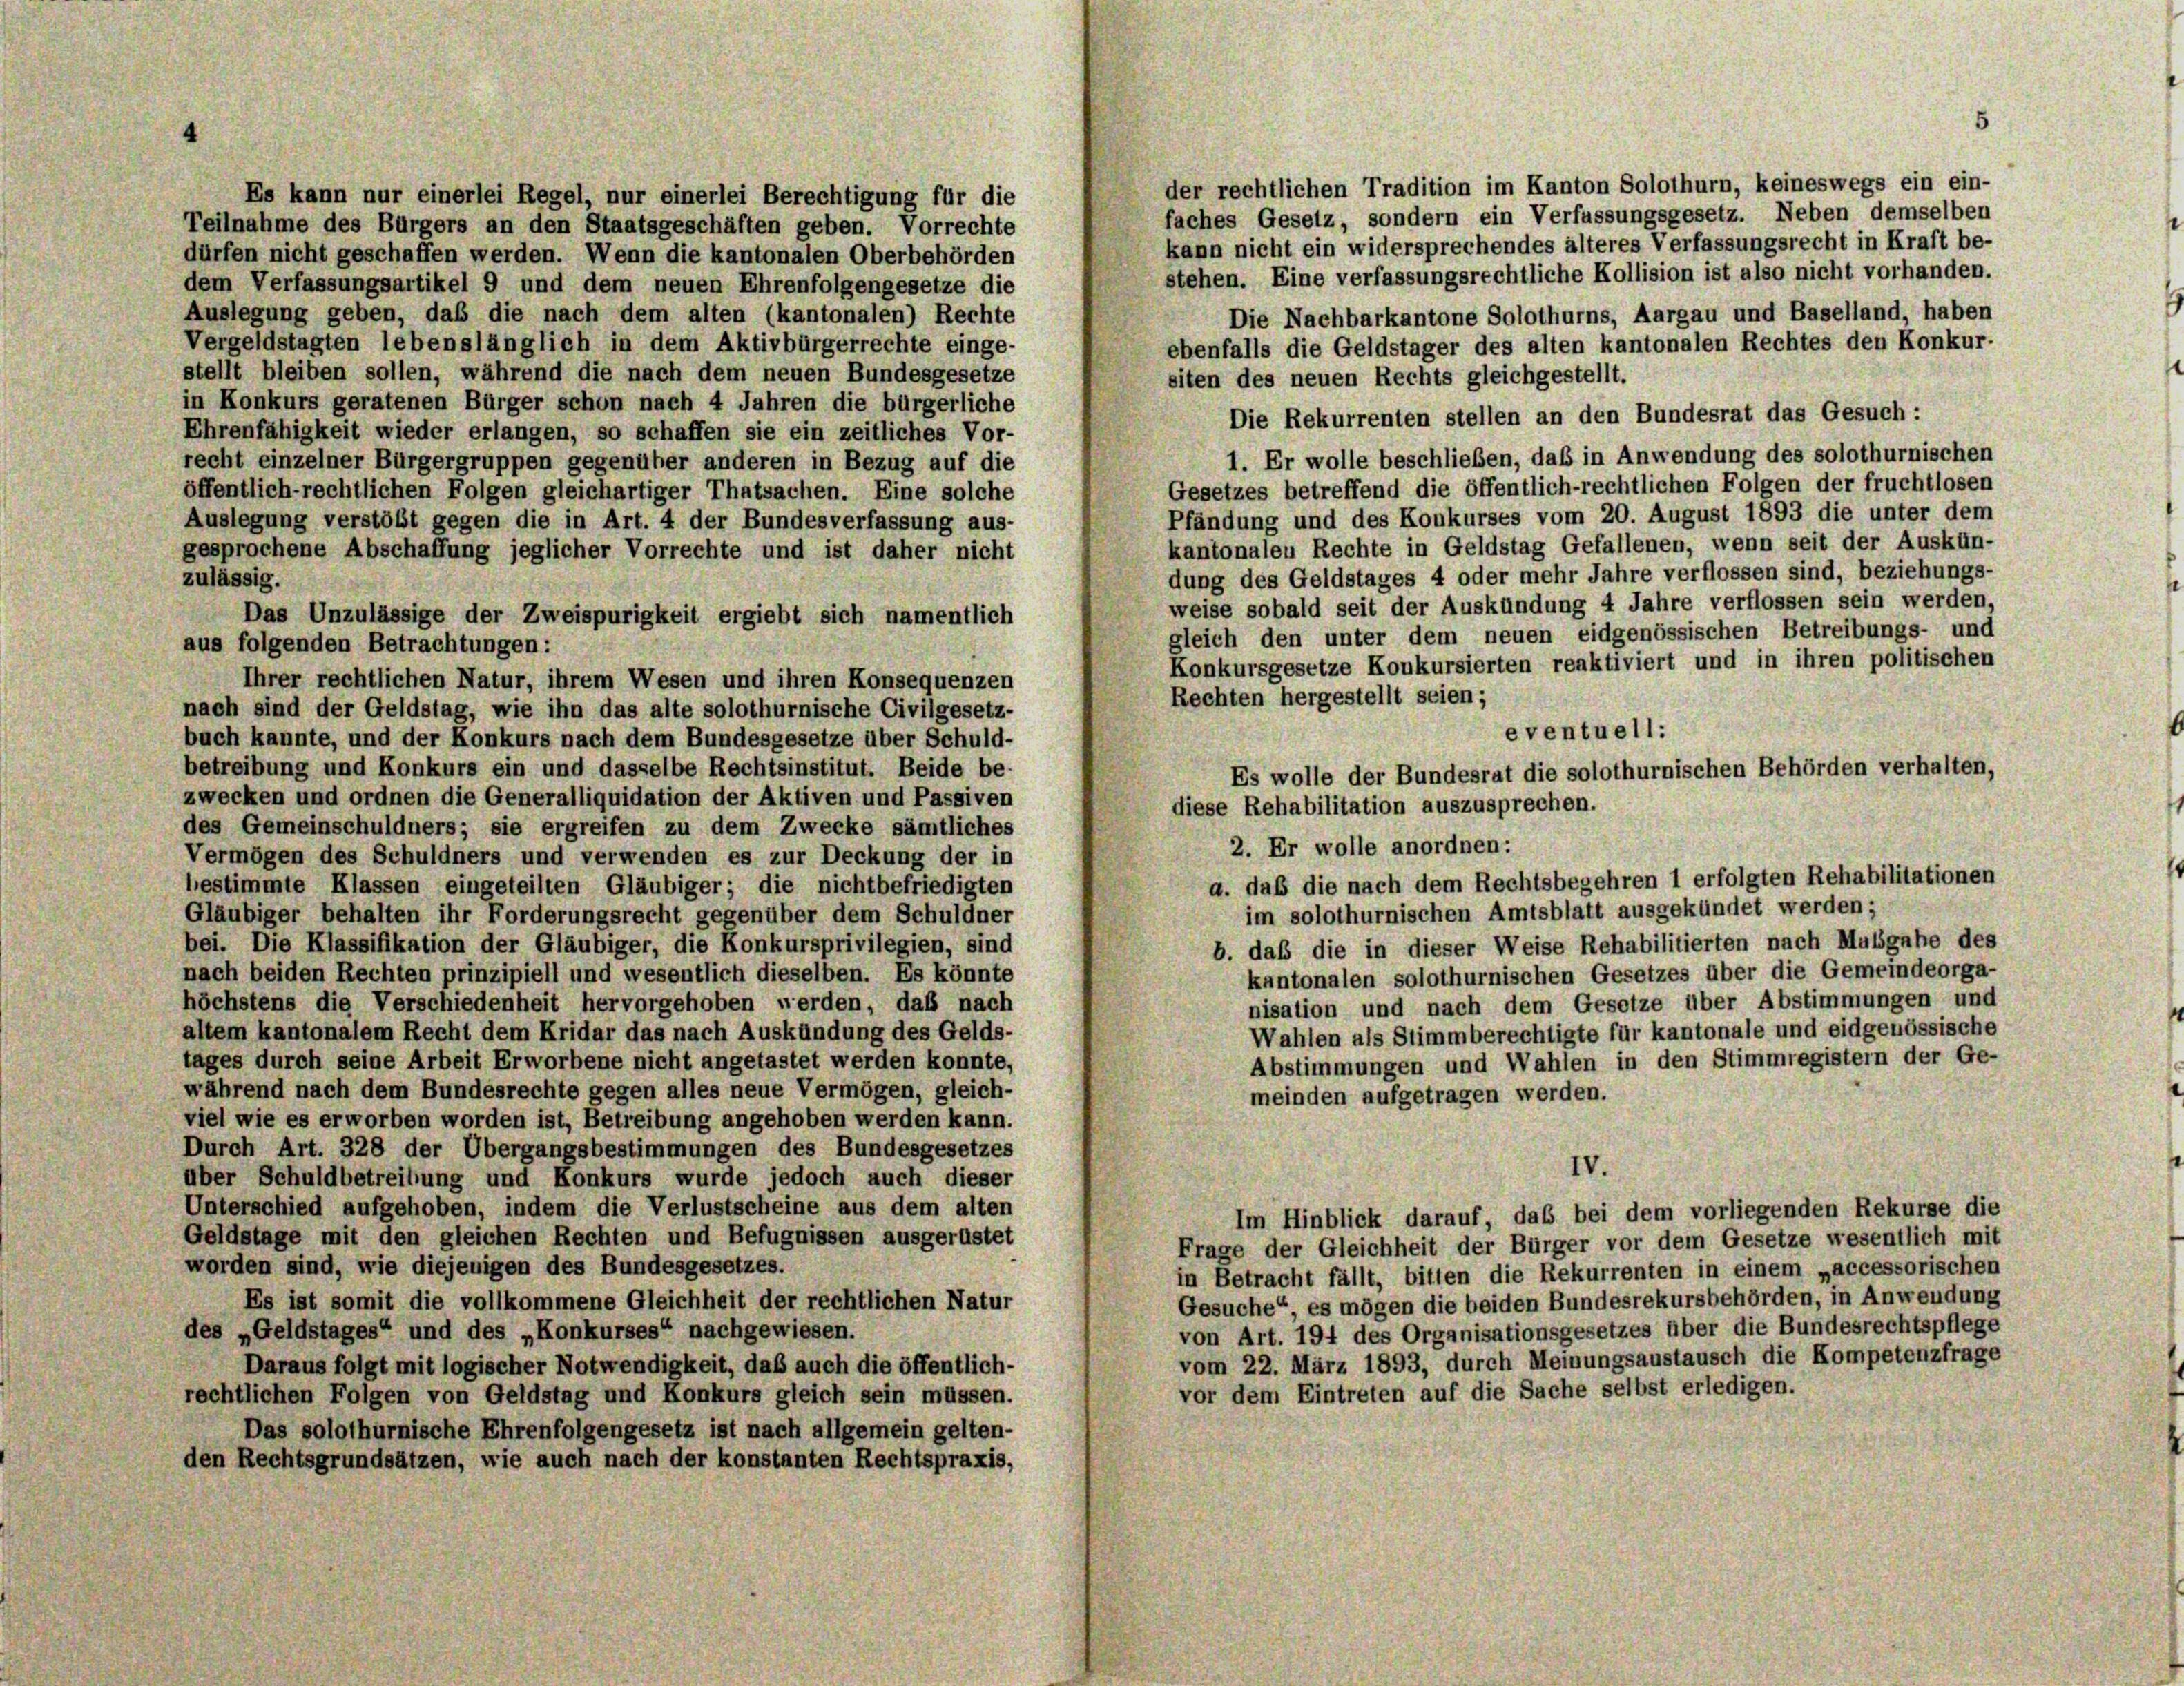
der rechtlichen Tradition im Kanton Solothurn, keineswegs ein ein-
Es kann nur einerlei Regel, nur einerlei Berechtigung für die
faches Gesetz, sondern ein Verfassungsgesetz. Neben demselben
Teilnahme des Bürgers an den Staatsgeschäften geben. Vorrechte
kann nicht ein widersprechendes älteres Verfassungsrecht in Kraft be-
dürfen nicht geschaffen werden. Wenn die kantonalen Oberbehörden
stehen. Eine verfassungsrechtliche Kollision ist also nicht vorhanden.
dem Verfassungsartikel 9 und dem neuen Ehrenfolgengesetze die
Auslegung geben, daß die nach dem alten (kantonalen) Rechte
Die Nachbarkantone Solothurns, Aargau und Baselland, haben
Vergeldstagten lebenslänglich in dem Aktivbürgerrechte einge-
ebenfalls die Geldstager des alten kantonalen Rechtes den Konkur-
stellt bleiben sollen, während die nach dem neuen Bundesgesetze
siten des neuen Rechts gleichgestellt.
in Konkurs geratenen Bürger schon nach 4 Jahren die bürgerliche
Die Rekurrenten stellen an den Bundesrat das Gesuch:
Ehrenfähigkeit wieder erlangen, so schaffen sie ein zeitliches Vor-
1. Er wolle beschließen, daß in Anwendung des solothurnischen
recht einzelner Bürgergruppen gegenüber anderen in Bezug auf die
Gesetzes betreffend die öffentlich-rechtlichen Folgen der fruchtlosen
öffentlich-rechtlichen Folgen gleichartiger Thatsachen. Eine solche
Pfändung und des Konkurses vom 20. August 1893 die unter dem
Auslegung verstölt gegen die in Art. 4 der Bundesverfassung aus-
kantonalen Rechte in Geldstag Gefallenen, wenn seit der Auskün-
gesprochene Abschaffung jeglicher Vorrechte und ist daher nicht
dung des Geldstages 4 oder mehr Jahre verflossen sind, beziehungs-
zulässig.
weise sobald seit der Auskündung 4 Jahre verflossen sein werden,
Das Unzulässige der Zweispurigkeit ergiebt sich namentlich
gleich den unter dem neuen eidgenössischen Betreibungs- und
aus folgenden Betrachtungen:
Konkursgesetze Konkursierten reaktiviert und in ihren politischen
Ihrer rechtlichen Natur, ihrem Wesen und ihren Konsequenzen
Rechten hergestellt seien;
nach sind der Geldstag, wie ihn das alte solothurnische Civilgesetz-
eventuell:
buch kannte, und der Konkurs nach dem Bundesgesetze über Schuld-
betreibung und Konkurs ein und dasselbe Rechtsinstitut. Beide be-
Es wolle der Bundesrat die solothurnischen Behörden verhalten,
zwecken und ordnen die Generalliquidation der Aktiven und Passiven
diese Rehabilitation auszusprechen.
des Gemeinschuldners; sie ergreifen zu dem Zwecke sämtliches
2. Er wolle anordnen:
Vermögen des Schuldners und verwenden es zur Deckung der in
bestimmte Klassen eingeteilten Gläubiger; die nichtbefriedigten
im solothurnischen Amtsblatt ausgekündet werden;
Gläubiger behalten ihr Forderungsrecht gegenüber dem Schuldner
bei. Die Klassifikation der Gläubiger, die Konkursprivilegien, sind
b. daß die in dieser Weise Rehabilitierten nach Mulsgabe des
nach beiden Rechten prinzipiell und wesentlich dieselben. Es könnte
kantonalen solothurnischen Gesetzes über die Gemeindeorga-
höchstens die Verschiedenheit hervorgehoben werden, daß nach
nisation und nach dem Gesetze über Abstimmungen und
altem kantonalem Recht dem Kridar das nach Auskündung des Gelds-
Wahlen als Stimmberechtigte für kantonale und eidgenössische
tages durch seine Arbeit Erworbene nicht angetastet werden konnte,
Abstimmungen und Wahlen in den Stimmregistern der Ge-
während nach dem Bundesrechte gegen alles neue Vermögen, gleich-
meinden aufgetragen werden.
viel wie es erworben worden ist, Betreibung angehoben werden kann.
Durch Art. 328 der Übergangsbestimmungen des Bundesgesetzes
IV.
über Schuldbetreibung und Konkurs wurde jedoch auch dieser
Unterschied aufgehoben, indem die Verlustscheine aus dem alten
Im Hinblick darauf, das bei dem vorliegenden Rekurse die
Geldstage mit den gleichen Rechten und Befugnissen ausgerüstet
Frage der Gleichheit der Bürger vor dem Gesetze wesentlich mit
worden sind, wie diejenigen des Bundesgesetzes.
in Betracht fällt, bitten die Rekurrenten in einem „accessorischen
Es ist somit die vollkommene Gleichheit der rechtlichen Natur
Gesuche“, es mögen die beiden Bundesrekursbehörden, in Anwendung
des „Geldstages“ und des „Konkurses“ nachgewiesen.
von Art. 194 des Organisationsgesetzes über die Bundesrechtspflege
vom 22. März 1893, durch Meinungsaustausch die Kompetenzfrage
Daraus folgt mit logischer Notwendigkeit, daß auch die öffentlich-
vor dem Eintreten auf die Sache selbst erledigen.
rechtlichen Folgen von Geldstag und Konkurs gleich sein müssen.
Das solothurnische Ehrenfolgengesetz ist nach allgemein gelten-
den Rechtsgrundsätzen, wie auch nach der konstanten Rechtspraxis,

a. daß die nach dem Rechtsbegehren 1 erfolgten Rehabilitationen